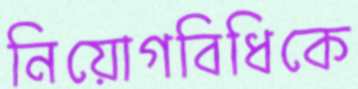
নিয়োগবিধিকে